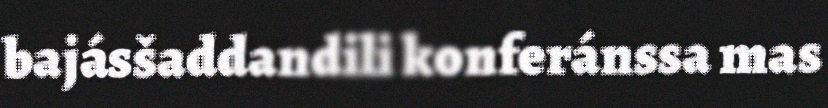
bajásšaddandili konferánssa mas